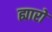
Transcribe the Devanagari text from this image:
ह्यारो